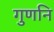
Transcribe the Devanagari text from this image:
गुणनि